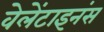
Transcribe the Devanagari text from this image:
वेलेंटाइनंस